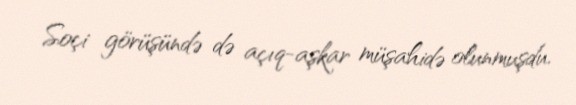
Soçi görüşündə də açıq-aşkar müşahidə olunmuşdu.